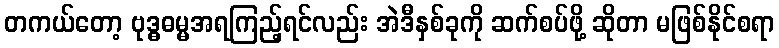
တကယ်တော့ ဗုဒ္ဓဓမ္မအရကြည့်ရင်လည်း အဲဒီနှစ်ခုကို ဆက်စပ်ဖို့ ဆိုတာ မဖြစ်နိုင်စရာ